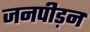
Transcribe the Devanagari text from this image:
जनपीड़न